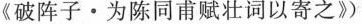
《破阵子·为陈同甫赋壮词以寄之》